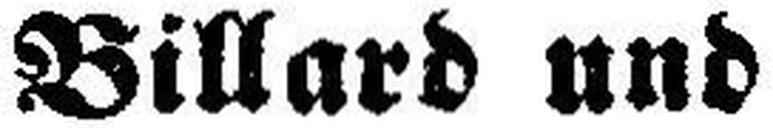
Billard und